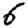
Digit: 6